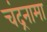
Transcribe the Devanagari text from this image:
चंद्रनामा